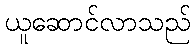
ယူဆောင်လာသည်